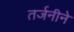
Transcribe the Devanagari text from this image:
तर्जनीने